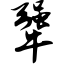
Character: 犟